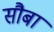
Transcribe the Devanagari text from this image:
सौबा